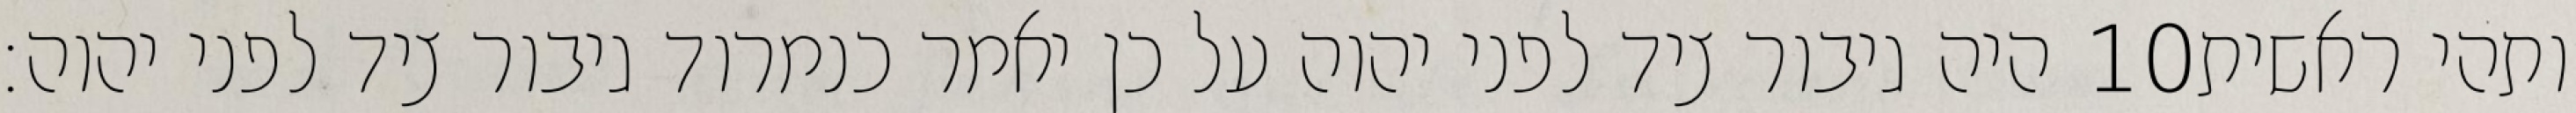
היה גיבור ציד לפני יהוה על כן יאמר כנמרוד גיבור ציד לפני יהוה׃ ‎10‏ ותהי ראשית